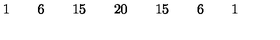
\begin{array} { c c c c c c c c c c c c c c c c c } { } & { } & { 1 } & { } & { 6 } & { } & { 1 5 } & { } & { 2 0 } & { } & { 1 5 } & { } & { 6 } & { } & { 1 } & { } & { } \\ \end{array}